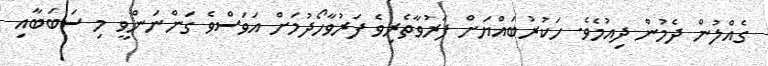
ގެއްލުން ދެމުން ދިއުމެވެ. ހަކުރުބައްޔަށް ފަރުވާތެރިވެ ފަރުވާހޯދުމަށް އަވަސްވެ ގަންނަންވީ މި ސަބަބާއި